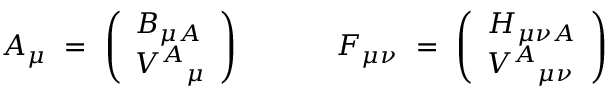
{ \cal A } _ { \mu } ~ = ~ \left( \begin{array} { l } { { B _ { \mu A } } } \\ { { V ^ { A } { } _ { \mu } } } \end{array} \right) { } ~ ~ ~ ~ ~ ~ ~ ~ ~ ~ { \cal F } _ { \mu \nu } ~ = ~ \left( \begin{array} { l } { { H _ { \mu \nu A } } } \\ { { V ^ { A } { } _ { \mu \nu } } } \end{array} \right)